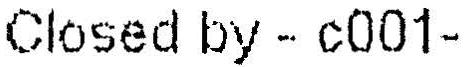
CLOSED BY - C001-